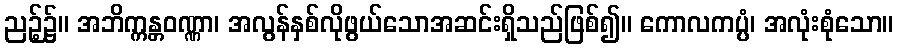
ညဉ့်၌။ အဘိက္ကန္တဝဏ္ဏာ၊ အလွန်နှစ်လိုဖွယ်သောအဆင်းရှိသည်ဖြစ်၍။ ကောလကပ္ပံ၊ အလုံးစုံသော။